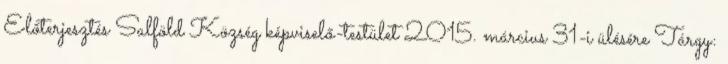
Előterjesztés Salföld Község képviselő-testület 2015. március 31-i ülésére Tárgy: